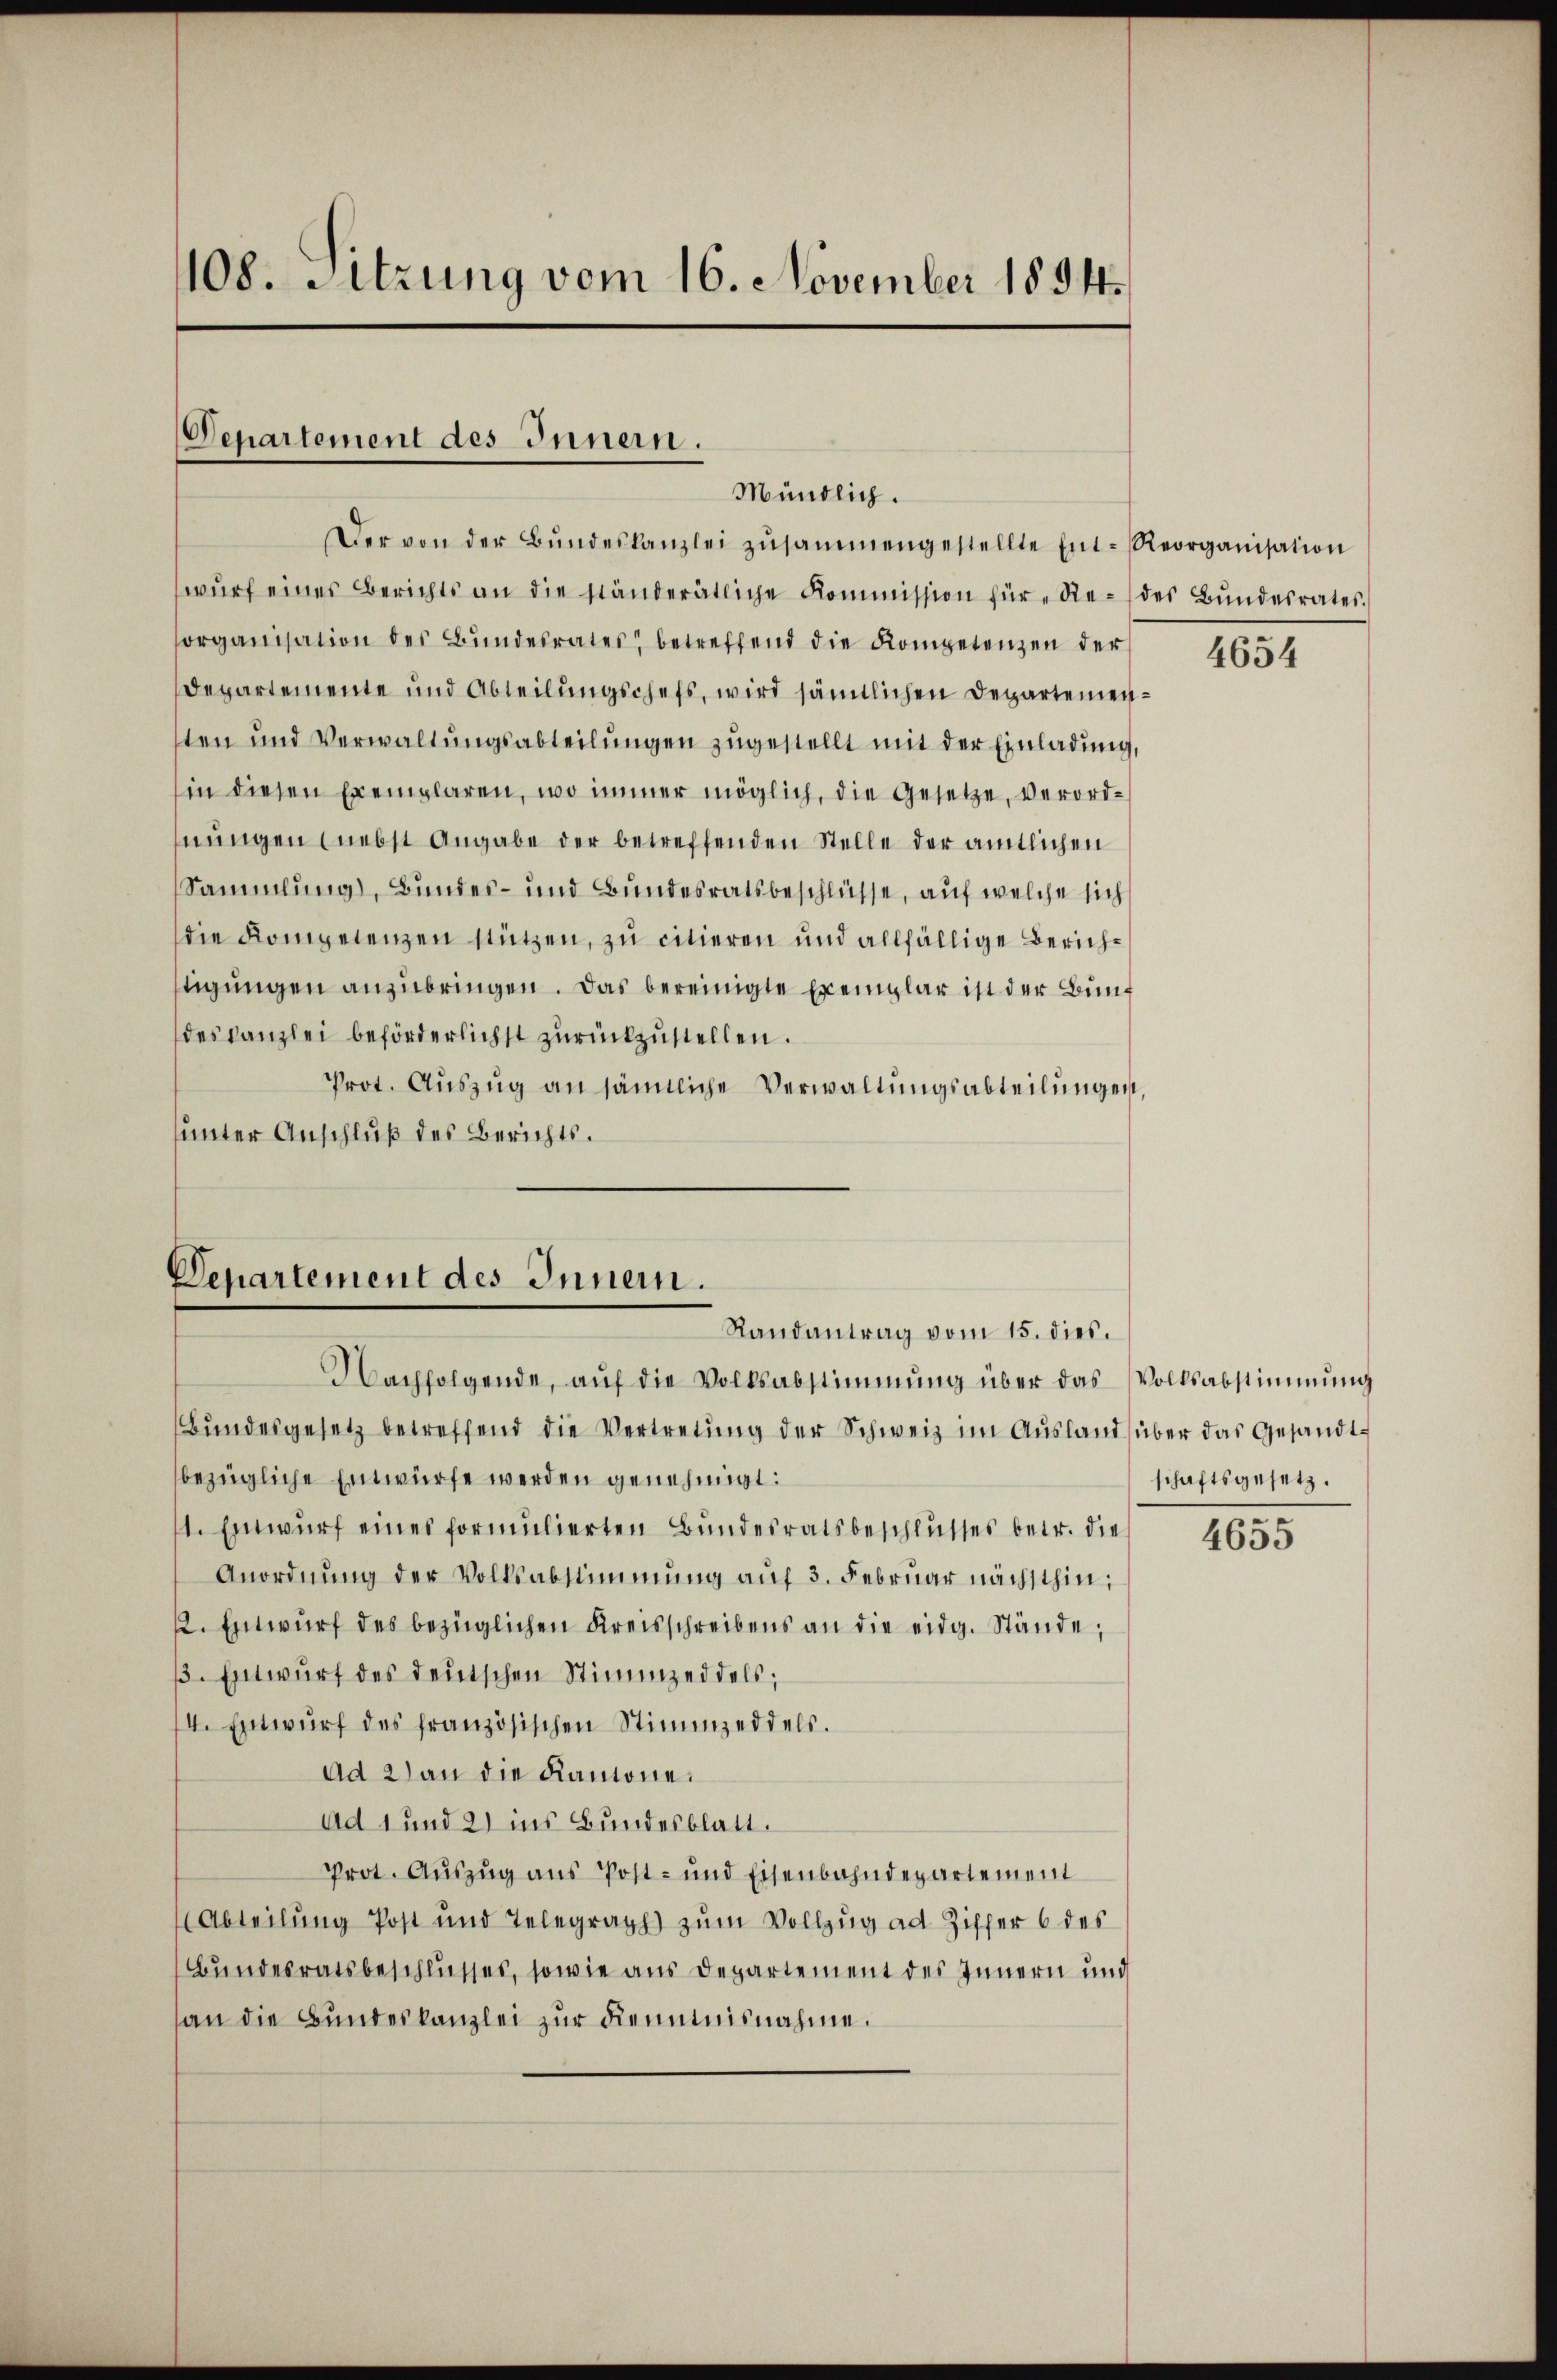
108. Sitzung vom 16. November 1894.

Departement des Innern.
Mündlich.
Der von der Bŭndeskanzlei zusammengestellte Ent-Reorganisation

wŭrf eines Berichts an die ständerätliche Kommission für "Re- des Bŭndesrates.
organisation des Bŭndesrates betreffend die Kompetenzen der
Departemente und Abteilungschefs, wird sämtlichen Departemensten und Verwaltŭngsabteilŭngen zugestellt mit der Einladung,
in diesen Exemplaren, wo immer möglich, die Gesetze, verordhnungen (nebst Angabe der betreffenden Stelle der amtlichen
Sammlung), Bundes- und Bundesratsbeschlüsse, auf welche sich
die Kompetenzen stützen, zu citieren und allfällige Zürichtigungen anzubringen. Das bereinigte Exemplar ist der Bunf
deskanzlei beförderlichst zurückzustellen.
Prot. Auszug an sämtliche Verwaltungsabteilungen,
sunter Anschluß des Berichts.

Departement des Inner.
Randantrag vom 15. dies.

Nachfolgende, aŭf die Volksabstimmung über das Volksabstimmung
Bŭndesgesetz betreffend die Vertretŭng der Schweiz im Ausland über das Gesandtbezügliche Einwürfe werden genehmigt:
1. Entwurf eines formulierten Bundesratsbeschlusses betr. die
Anordnŭng der Volksabstimmung aŭf 3. Februar nächsthin,
. Entwurf des bezüglichen Kreisschreibens an die eidg. Stände,
. Entwurf des deutschen Stimmzeddels;
4. Entwurf des französischen Stimmzeddels.
Ad 2) an die Kantone.
Ad 1 und 21 ins Bundesblatt.
Prot. Auszug aus Post- und Eisenbahndepartement
Abteilung Post und Telegraph zum Vollzug ad Ziffer 6 des
Bundesratsbeschlusses, sowie aus Departement des Innern und
an die Bundeskanzlei zur Kenntnisnahme.

4654

schaftsgesetz.

4655